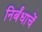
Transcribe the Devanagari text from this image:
निर्बंधाचें